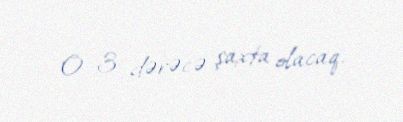
0-3 dərəcə şaxta olacaq.